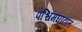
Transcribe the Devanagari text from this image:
पश्चिमघाटात